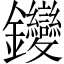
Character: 𨰺